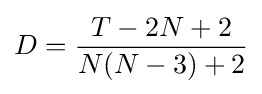
D={\frac {T-2N+2}{N(N-3)+2}}